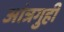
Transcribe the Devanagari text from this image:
आंत्रगुही